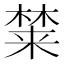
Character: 𰘚